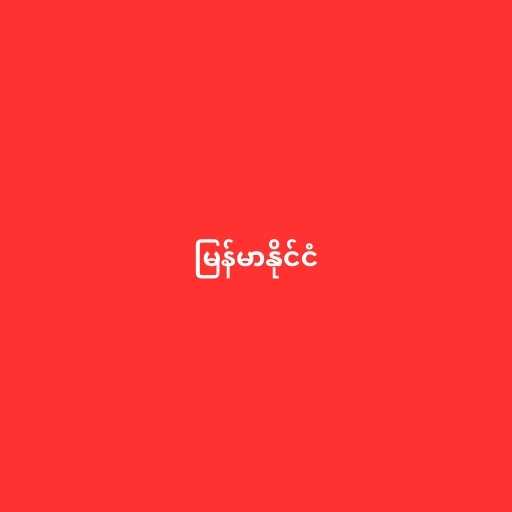
မြန်မာနိုင်ငံ